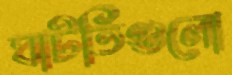
ঘাটতিগুলো